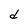
Character: d